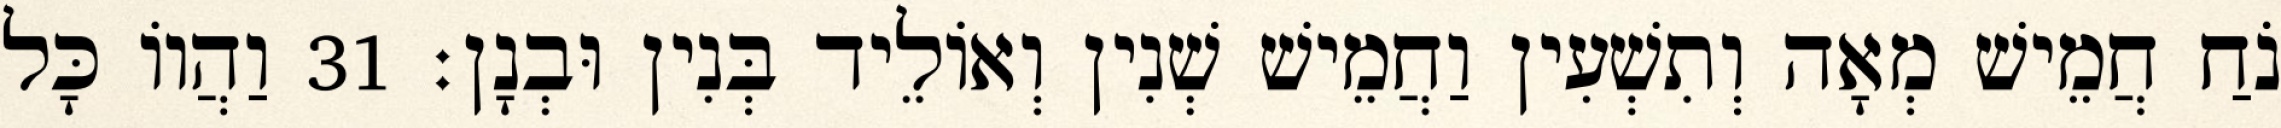
נֹחַ חֲמֵישׁ מְאָה וְתִשְׁעִין וַחֲמֵישׁ שְׁנִין וְאוֹלֵיד בְּנִין וּבְנָן׃ 31 וַהֲווֹ כָּל